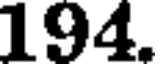
194.